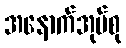
အနောက်အုပ်စု